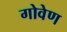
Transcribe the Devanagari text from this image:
गोवेण